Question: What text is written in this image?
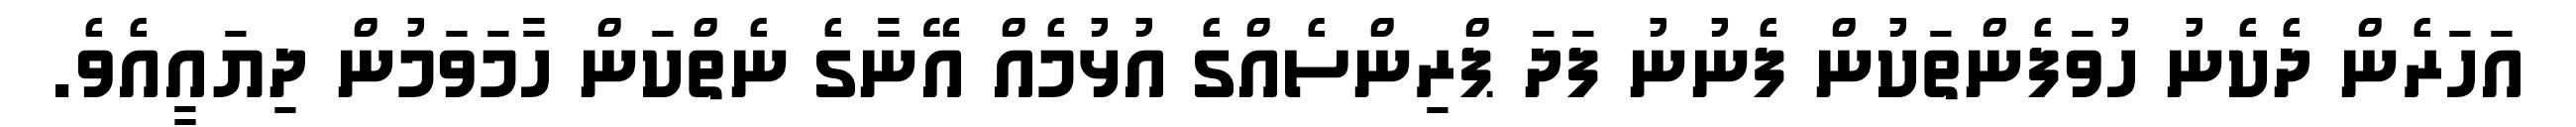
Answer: އަހަރެން ދެކެނު ހުވަފެންތަކުން ފެނުނު ފަދަ ޕްރިންސެއްގެ އުޅުމެއް އޭނާގެ ނެތްކަން ހާމަވަމުން ދިޔައީއެވެ.